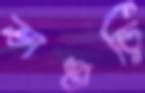
ভাঙাড়ি